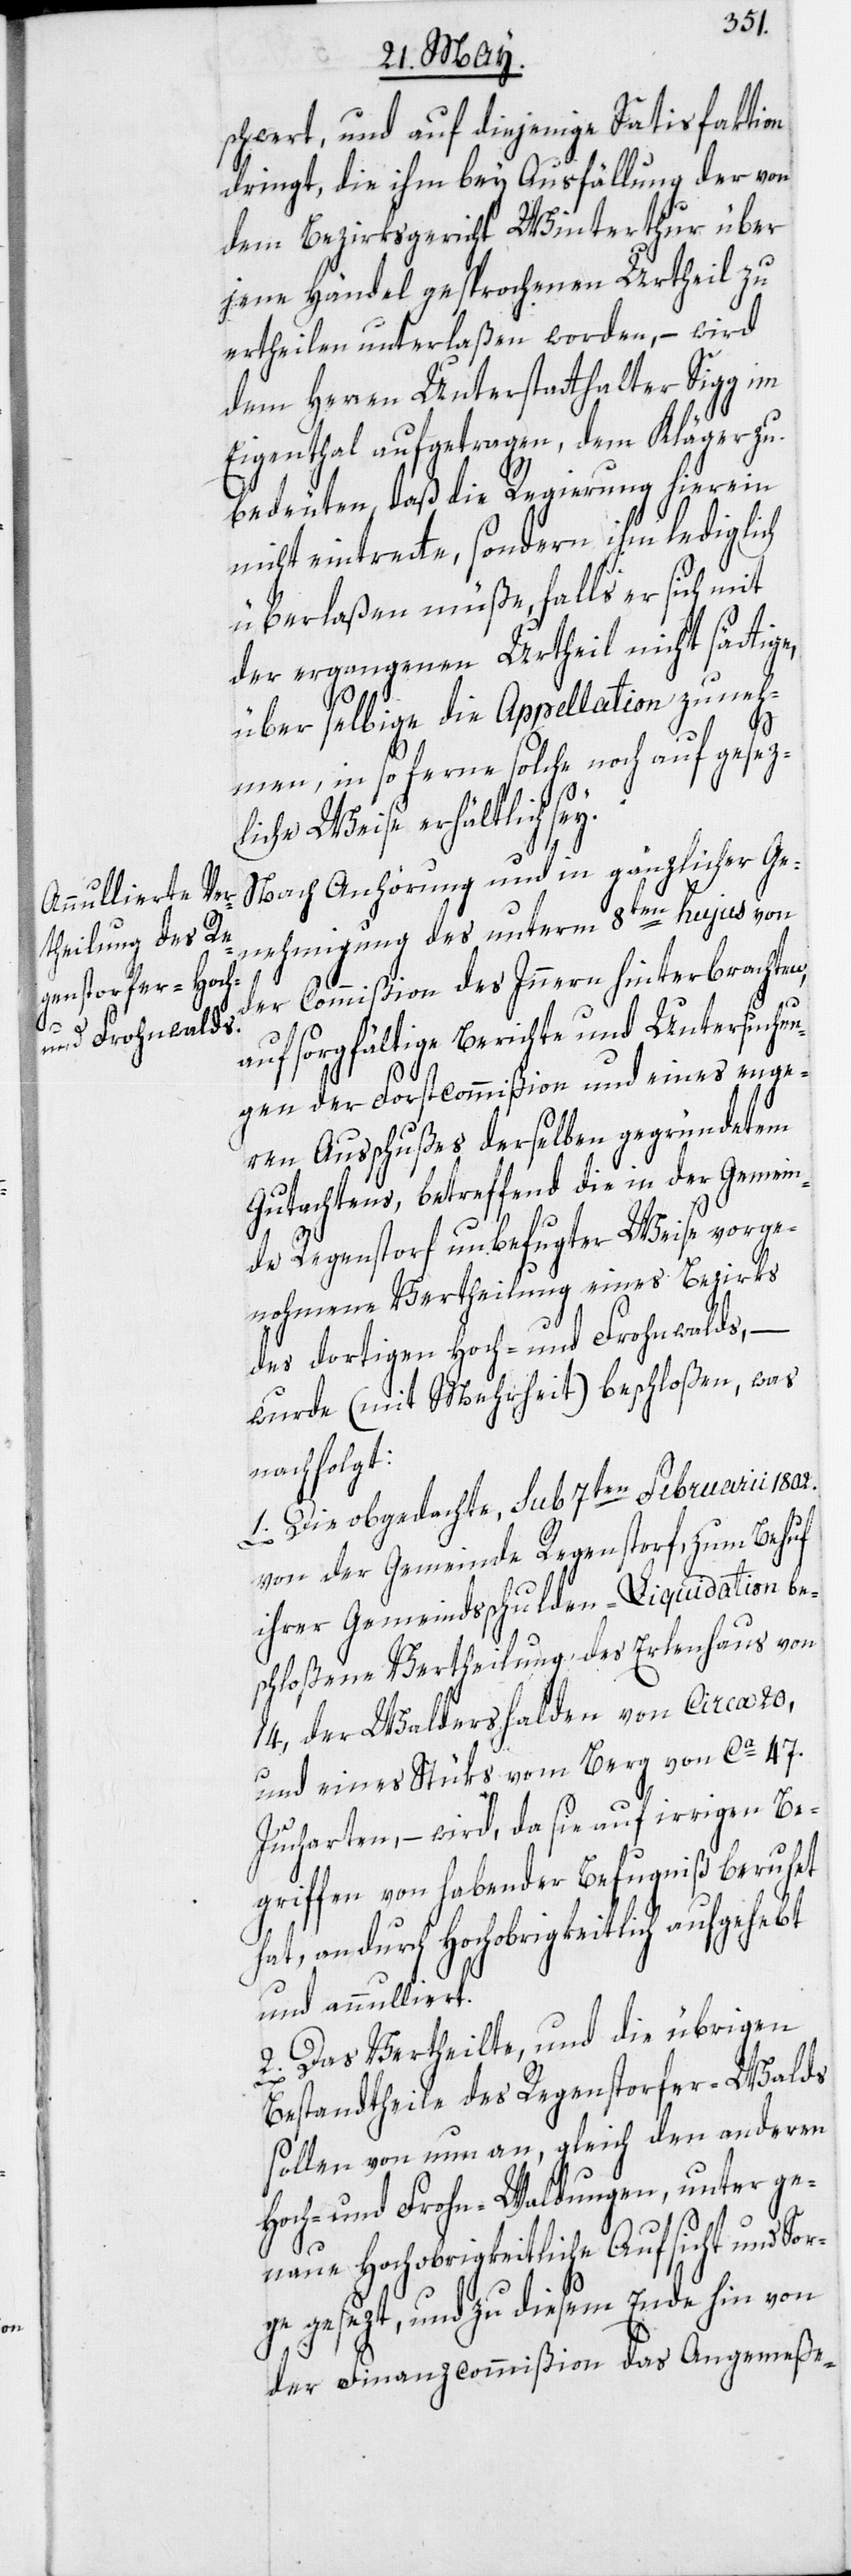
schwert, und auf diejenige Satisfaktion
dringt, die ihm bey Ausfällung der von
dem Bezirksgericht Winterthur über
jene Händel gesprochenen Urtheil zu
ertheilen unterlaßen worden, – wird
dem Herren Unterstatthalter Sigg im
Eigenthal aufgetragen, dem Kläger zu
bedeuten, daß die Regierung hierein
nicht eintrette, sondern ihm lediglich
überlaßen müße, falls er sich mit
der ergangenen Urtheil nicht sättige,
über selbige die Appellation zu neh¬
men, in so ferne solche noch auf gesez¬
liche Weise erhältlich sey.
Nach Anhörung und in gänzlicher Ge¬
nehmigung des unterm 8ten hujus von
der Commißion des Innern hinterbrachten,
auf sorgfältige Berichte und Untersuchun¬
gen der Forstcommißion und eines enge¬
ren Ausschußes derselben gegründetem
Gutachtens, betreffend die in der Gemein¬
de Regenstorf unbefugter Weise vorge¬
nohmene Vertheilung eines Bezirks
des dortigen Hoch- und Frohnwalds, –
wurde (mit Mehrheit) beschloßen, was
nachfolgt:
1. Die obgedachte, sub 7ten Februarii 1802.
von der Gemeinde Regenstorf, zum Behuf
ihrer Gemeindsschulden-Liquidation be¬
schloßene Vertheilung des Erlenhaus von
14, der Waldershalden von circa 20,
und eines Stüks vom Berg von ca 47.
Jucharten, – wird, da sie auf irrigen Be¬
griffen von habender Befugniß beruhet
hat, andurch Hochobrigkeitlich aufgehebt
und annulliert.
2. Das Vertheilte, und die übrigen
Bestandtheile des Regenstorfer-Walds
sollen von nun an, gleich den anderen
Hoch- und Frohn-Waldungen, unter ge¬
naue Hochobrigkeitliche Aufsicht und Sor¬
ge gesezt, und zu diesem Ende hin von
der Finanzcommißion das Angemeße-